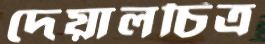
দেয়ালচিত্র